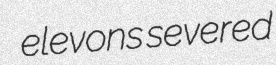
elevons severed